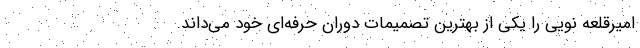
امیرقلعه نویی را یکی از بهترین تصمیمات دوران حرفه‌ای خود می‌داند.